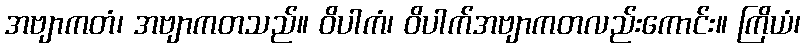
အဗျာကတံ၊ အဗျာကတသည်။ ဝိပါကံ၊ ဝိပါက်အဗျာကတလည်းကောင်း။ ကြိယံ၊